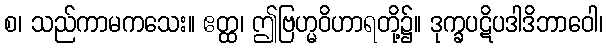
စ၊ သည်ကာမကသေး။ ဧတ္ထ၊ ဤဗြဟ္မဝိဟာရတို့၌။ ဒုက္ခပဋိပဒါဒိဘာဝေါ၊